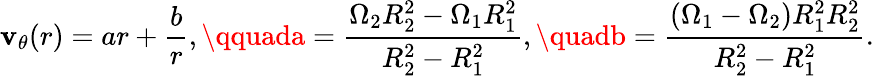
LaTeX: \mathbf{v}_{\theta}(r)=ar+{\frac{{b}}{{r}}},\qquada={\frac{{\Omega_{2}R_{2}^{2}-\Omega_{1}R_{1}^{2}}}{{R_{2}^{2}-R_{1}^{2}}}},\quadb={\frac{{(\Omega_{1}-\Omega_{2})R_{1}^{2}R_{2}^{2}}}{{R_{2}^{2}-R_{1}^{2}}}}.